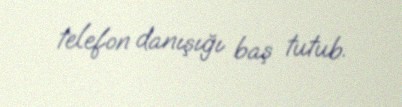
telefon danışığı baş tutub.